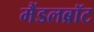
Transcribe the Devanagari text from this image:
मैंडलब्रॉट